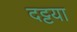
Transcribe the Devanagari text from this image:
दट्टया